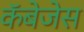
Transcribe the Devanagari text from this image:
कॅबेजेस